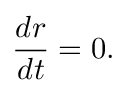
\frac { d r } { d t } = 0 .